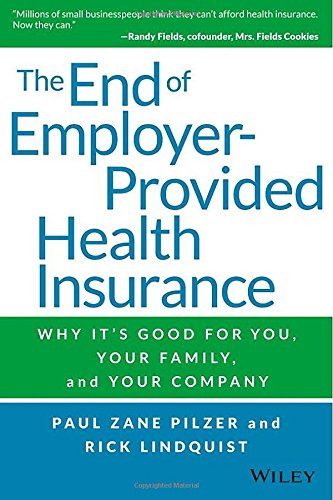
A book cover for The End of Employer-Provided Health Insurance: Why It's Good for You and Your Company; Paul Zane Pilzer; Business & Money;